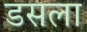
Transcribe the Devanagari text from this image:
डसला